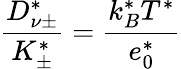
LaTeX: \frac{D_{\nu\pm}^{*}}{K_{\pm}^{*}}=\frac{k_{B}^{*}T^{*}}{e_{0}^{*}}